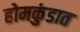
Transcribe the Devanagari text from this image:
होमकुंडात